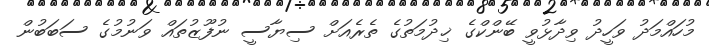
މުހައްމަދު ވަހީދު ވިދާޅުވީ ބޭންކްގެ ޚިދުމަތުގެ ތެރެއަށް ސިޔާސީ ނުފޫޒުތައް ވަނުމުގެ ސަބަބުން